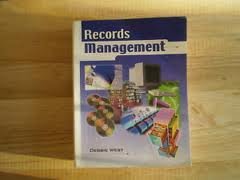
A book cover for Records Management; Debbie West; Business & Money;